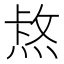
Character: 𤋈